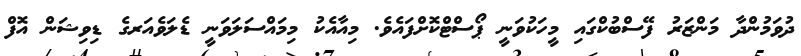
ދުވަމުންދާ މަންޒަރު ފޭސްބުކްގައި މީހަކުވަނީ ޕޯސްޓްކޮށްފައެވެ. މިއާއެކު މިމައްސަލަވަނީ ޑެލަވެއަރގެ ޑިވިޝަން އޮފް